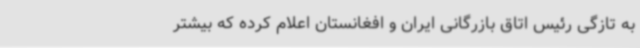
به تازگی رئیس اتاق بازرگانی ایران و افغانستان اعلام کرده که بیشتر